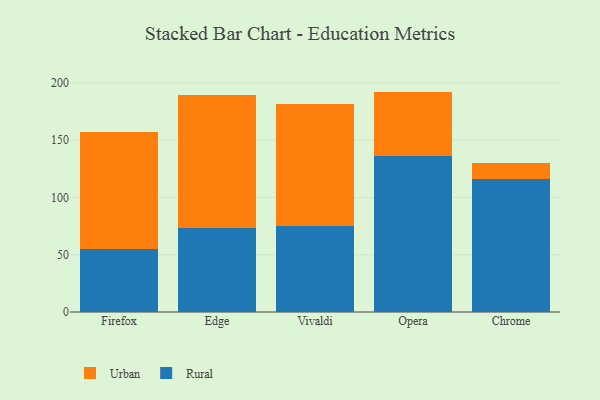
{"axis": {"x": "Browser", "y": "Backlog"}, "legend": ["Rural", "Urban"], "data": [{"x": "Firefox", "y": 54.9, "type": "Rural"}, {"x": "Firefox", "y": 102.3, "type": "Urban"}, {"x": "Edge", "y": 73.8, "type": "Rural"}, {"x": "Edge", "y": 116.1, "type": "Urban"}, {"x": "Vivaldi", "y": 75.2, "type": "Rural"}, {"x": "Vivaldi", "y": 106.9, "type": "Urban"}, {"x": "Opera", "y": 136.3, "type": "Rural"}, {"x": "Opera", "y": 56.2, "type": "Urban"}, {"x": "Chrome", "y": 116.2, "type": "Rural"}, {"x": "Chrome", "y": 14.3, "type": "Urban"}]}